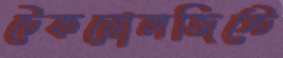
টেকনোলজিস্টে